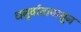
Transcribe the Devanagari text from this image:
धनुर्वातापासून